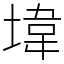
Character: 㙔